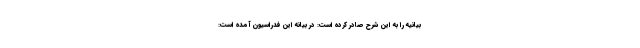
بیانیه را به این شرح صادر کرده است: در بیانه این فدراسیون آمده است: